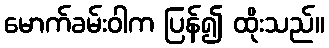
မောက်ခမ်းဝါက ပြန်၍ ထိုးသည်။